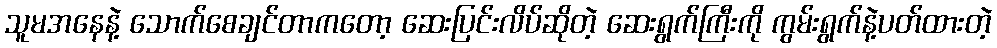
သူမအနေနဲ့ သောက်စေချင်တာကတော့ ဆေးပြင်းလိပ်ဆိုတဲ့ ဆေးရွက်ကြီးကို ကွမ်းရွက်နဲ့ပတ်ထားတဲ့